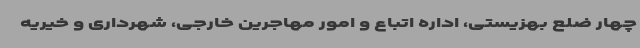
چهار ضلع بهزیستی، اداره اتباع و امور مهاجرین خارجی، شهرداری و خیریه